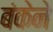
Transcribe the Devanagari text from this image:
बंकेने